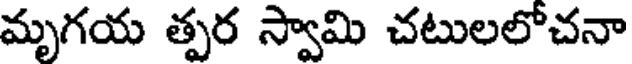
మృగయ త్పర స్వామి చటులలోచనా